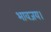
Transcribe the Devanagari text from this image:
भावजय।